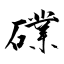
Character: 礏